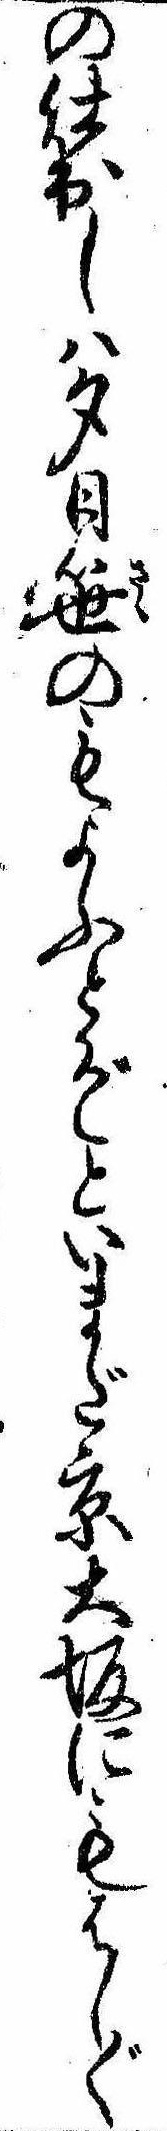
の仕出しは夕日笹のもよふとぞといまだ京大坂にもはし〲